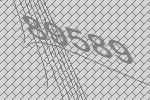
89589